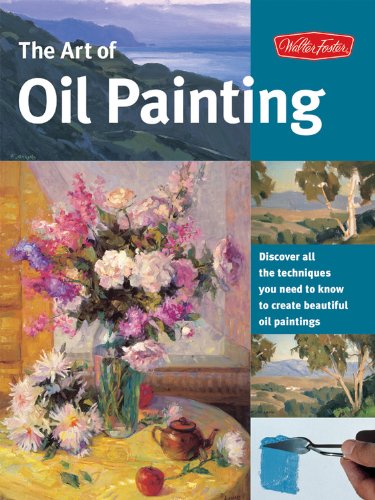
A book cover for The Art of Oil Painting: Discover all the techniques you need to know to create beautiful oil paintings (Collector's Series); Walter Foster Creative Team; Arts & Photography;